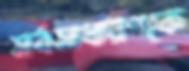
সর্বসাধারণকে